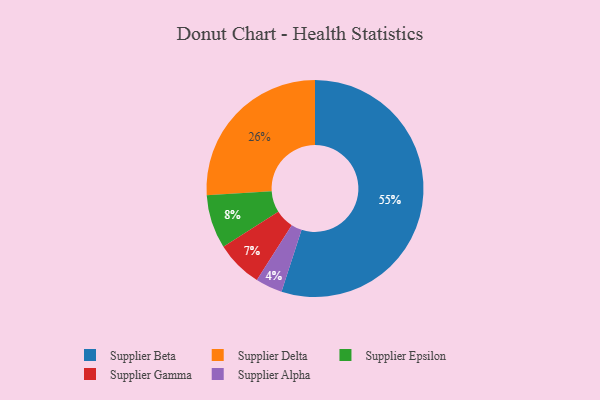
{"axis": {"x": "Category", "y": "Percentage"}, "legend": ["Supplier Alpha", "Supplier Beta", "Supplier Delta", "Supplier Epsilon", "Supplier Gamma"], "data": [{"x": "Supplier Beta", "y": 55, "type": "Supplier Beta"}, {"x": "Supplier Delta", "y": 26, "type": "Supplier Delta"}, {"x": "Supplier Alpha", "y": 4, "type": "Supplier Alpha"}, {"x": "Supplier Gamma", "y": 7, "type": "Supplier Gamma"}, {"x": "Supplier Epsilon", "y": 8, "type": "Supplier Epsilon"}]}